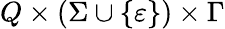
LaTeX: Q\times(\Sigma\cup\{ \varepsilon\} )\times\Gamma